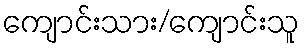
ကျောင်းသား/ကျောင်းသူ